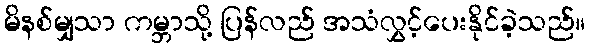
မိနစ်မျှသာ ကမ္ဘာသို့ ပြန်လည် အသံလွှင့်ပေးနိုင်ခဲ့သည်။